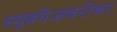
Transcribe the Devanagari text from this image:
स्युक्रोजबरोबर